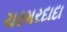
ચરમરદાદા